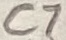
Text: C7